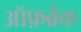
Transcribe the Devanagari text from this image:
ऑफ़ब्रेक